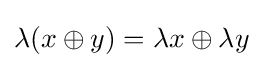
\lambda (x\oplus y)=\lambda x\oplus \lambda y